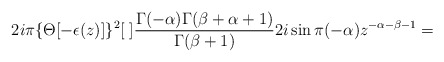
\begin{align*}2i\pi\{\Theta[-\epsilon(z)]\}^2[\;]\frac {\Gamma(-\alpha)\Gamma(\beta+\alpha+1)} {\Gamma(\beta+1)}2i\sin\pi(-\alpha) z^{-\alpha-\beta-1}=\end{align*}